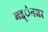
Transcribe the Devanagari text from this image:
मद्द्ेनजर